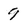
Character: 9